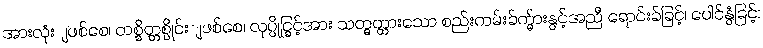
အားလုံးျဖစ်စေ၊ တစ္စိတ္တစ္ပိုင်းျဖစ်စေ၊ လုပ္ပိုင္ခြင့်အား သတ္မွတ္ထားသော စည်းကမ်းခ်က္မ်ားနွင့်အညီ ရောင်းခ်ခြင့်၊ ပေါင်နွံခြင့်၊